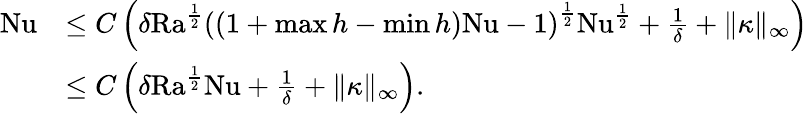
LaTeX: \begin{array}{rl}{\mathrm{{Nu}}}&{\leq C\left(\delta{\mathrm{Ra}}^{\frac{1}{2}}\left((1+\operatorname*{max}h-\operatorname*{min}h)\mathrm{{Nu}}-1\right)^{\frac{1}{2}}{\mathrm{Nu}}^{\frac{1}{2}}+\frac{1}{\delta}+\| \kappa\| _{\infty}\right)}\\ &{\leq C\left(\delta\mathrm{{Ra}}^{\frac{1}{2}}{\mathrm{Nu}}+\frac{1}{\delta}+\| \kappa\| _{\infty}\right).}\end{array}